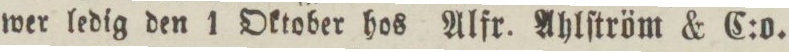
wer ledig den 1 Oktober hos Alfr. Ahlſtröm & C:o.